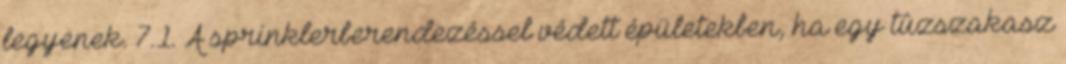
legyenek. 7.1. A sprinklerberendezéssel védett épületekben, ha egy tûzszakasz